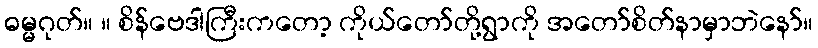
ဓမ္မဂုတ်။ ။ စိန်ဗေဒါကြီးကတော့ ကိုယ်တော်တို့ရွာကို အတော်စိတ်နာမှာဘဲနော်။